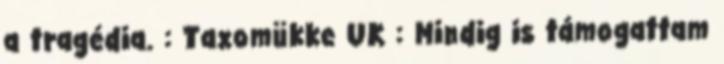
a tragédia. : Taxomükke UK : Mindig is támogattam